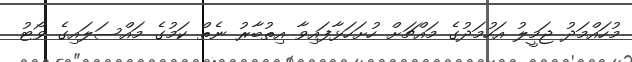
މުހައްމަދު ޖަމީލު އަހުމަދުގެ މައްޗަށް ހުށަހަޅާފައިވާ އިތުބާރު ނެތް ކަމުގެ މައްސަލައިގެ ވޯޓު